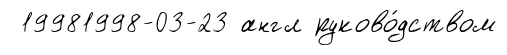
19981998-03-23 англ руково́дством